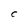
Character: C